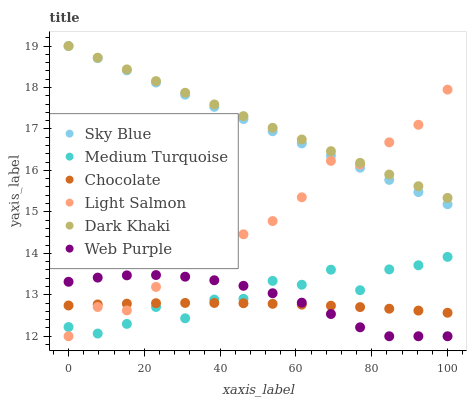
| xaxis_label | Sky Blue | Medium Turquoise | Chocolate | Light Salmon | Dark Khaki | Web Purple |
 | --- | --- | --- | --- | --- | --- | --- |
 | 0 | 19 | 12.2 | 12.7 | 12 | 19 | 13.3 |
 | 7.69 | 18.7 | 12.1 | 12.8 | 12.7 | 18.7 | 13.4 |
 | 15.4 | 18.4 | 12.3 | 12.8 | 12.6 | 18.4 | 13.5 |
 | 23.1 | 18.1 | 12.7 | 12.8 | 13.2 | 18.2 | 13.5 |
 | 30.8 | 17.8 | 12.4 | 12.8 | 14 | 17.9 | 13.4 |
 | 38.5 | 17.5 | 12.9 | 12.8 | 13.9 | 17.6 | 13.4 |
 | 46.2 | 17.2 | 12.9 | 12.8 | 14.5 | 17.3 | 13.2 |
 | 53.8 | 16.9 | 13.3 | 12.8 | 14.8 | 17 | 13 |
 | 61.5 | 16.7 | 13.2 | 12.8 | 15.4 | 16.7 | 12.8 |
 | 69.2 | 16.4 | 13.6 | 12.7 | 16.2 | 16.5 | 12.5 |
 | 76.9 | 16.1 | 13.1 | 12.7 | 16.1 | 16.2 | 12.2 |
 | 84.6 | 15.8 | 13.6 | 12.7 | 16.7 | 15.9 | 12 |
 | 92.3 | 15.5 | 13.7 | 12.6 | 17.1 | 15.6 | 12 |
 | 100 | 15.2 | 13.9 | 12.6 | 17.9 | 15.3 | 12 |